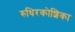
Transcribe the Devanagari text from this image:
रुधिरकोशिका